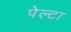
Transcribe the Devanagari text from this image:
पेल्टा